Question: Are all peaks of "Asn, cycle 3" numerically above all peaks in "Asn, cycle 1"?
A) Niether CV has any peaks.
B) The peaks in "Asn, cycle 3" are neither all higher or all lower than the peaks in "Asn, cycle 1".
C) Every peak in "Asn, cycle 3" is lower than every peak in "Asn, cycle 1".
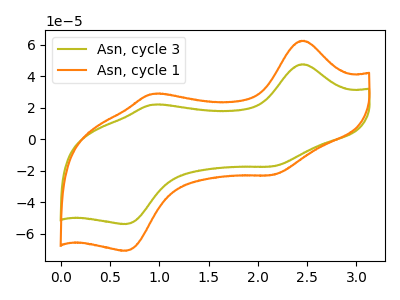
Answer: <think>The olive curve "Asn, cycle 3" has anodic peaks at (2.45V, 47.60uA) (0.95V, 21.90uA) and cathodic peaks at (2.15V, -17.30uA) (0.65V, -53.95uA). The orange curve "Asn, cycle 1" has anodic peaks at (2.45V, 62.60uA) (0.95V, 28.80uA) and cathodic peaks at (2.15V, -22.75uA) (0.65V, -70.95uA).</think>
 <answer>C) Every peak in "Asn, cycle 3" is lower than every peak in "Asn, cycle 1".</answer>
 <eval>C</eval>